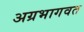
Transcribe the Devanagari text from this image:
अग्रभागवत